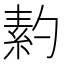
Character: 䋤